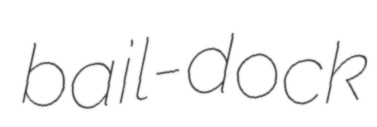
bail-dock